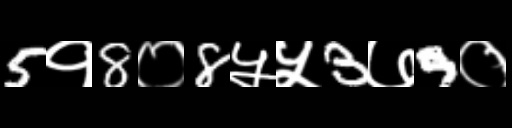
Text: 5१8०8५५3७9०